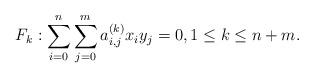
LaTeX: \begin{align*} F_k: \sum_{i=0}^n \sum_{j=0}^m a^{(k)}_{i,j} x_i y_j =0, 1\le k \le n+m.\end{align*}